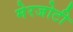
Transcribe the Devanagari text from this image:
मेरजोटी